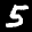
Label: 5